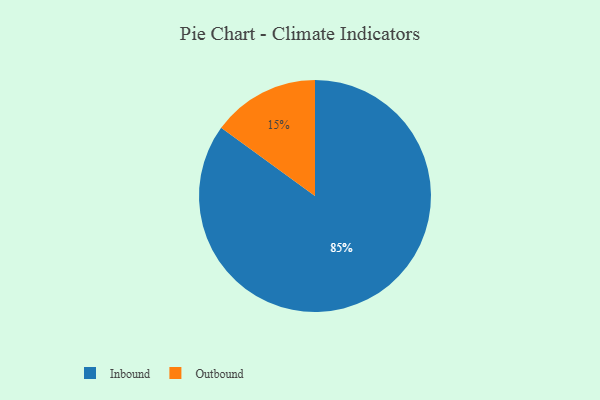
{"axis": {"x": "Category", "y": "Percentage"}, "legend": ["Inbound", "Outbound"], "data": [{"x": "Inbound", "y": 85, "type": "Inbound"}, {"x": "Outbound", "y": 15, "type": "Outbound"}]}